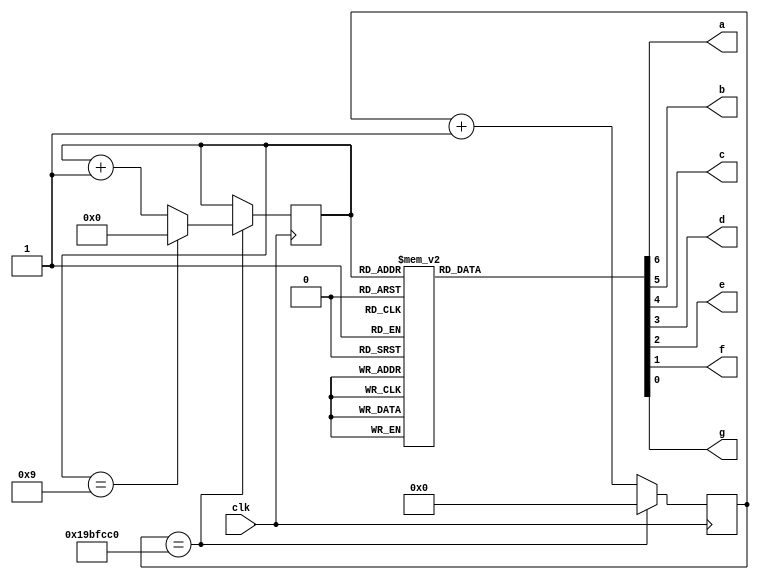
module seven_segment_display(
    input clk,
	output reg a, b, c, d, e, f, g
);

	reg [3:0] counter_output;
	reg [31:0] counter;

	always@(posedge clk) begin 
		if(counter ==27000000) begin 
			counter <= 0;
			counter_output <= counter_output + 1;
			if(counter_output == 4'b1001) begin 
				counter_output <= 0;
			end
		end
		else begin 
			counter <= counter + 1;
		end
	end

	always @(counter_output) begin
			 case(counter_output)
			 4'b0000: {a, b, c, d, e, f, g} = 7'b1111110; // 0
			 4'b0001: {a, b, c, d, e, f, g} = 7'b0110000; // 1
			 4'b0010: {a, b, c, d, e, f, g} = 7'b1101101; // 2
			 4'b0011: {a, b, c, d, e, f, g} = 7'b1111001; // 3
			 4'b0100: {a, b, c, d, e, f, g} = 7'b0110011; // 4
			 4'b0101: {a, b, c, d, e, f, g} = 7'b1011011; // 5
			 4'b0110: {a, b, c, d, e, f, g} = 7'b1011111; // 6
			 4'b0111: {a, b, c, d, e, f, g} = 7'b1110000; // 7
			 4'b1000: {a, b, c, d, e, f, g} = 7'b1111111; // 8
			 4'b1001: {a, b, c, d, e, f, g} = 7'b1111011; // 9
			 default: {a, b, c, d, e, f, g} = 7'b0000000; // Off
		 endcase
	 end

endmodule